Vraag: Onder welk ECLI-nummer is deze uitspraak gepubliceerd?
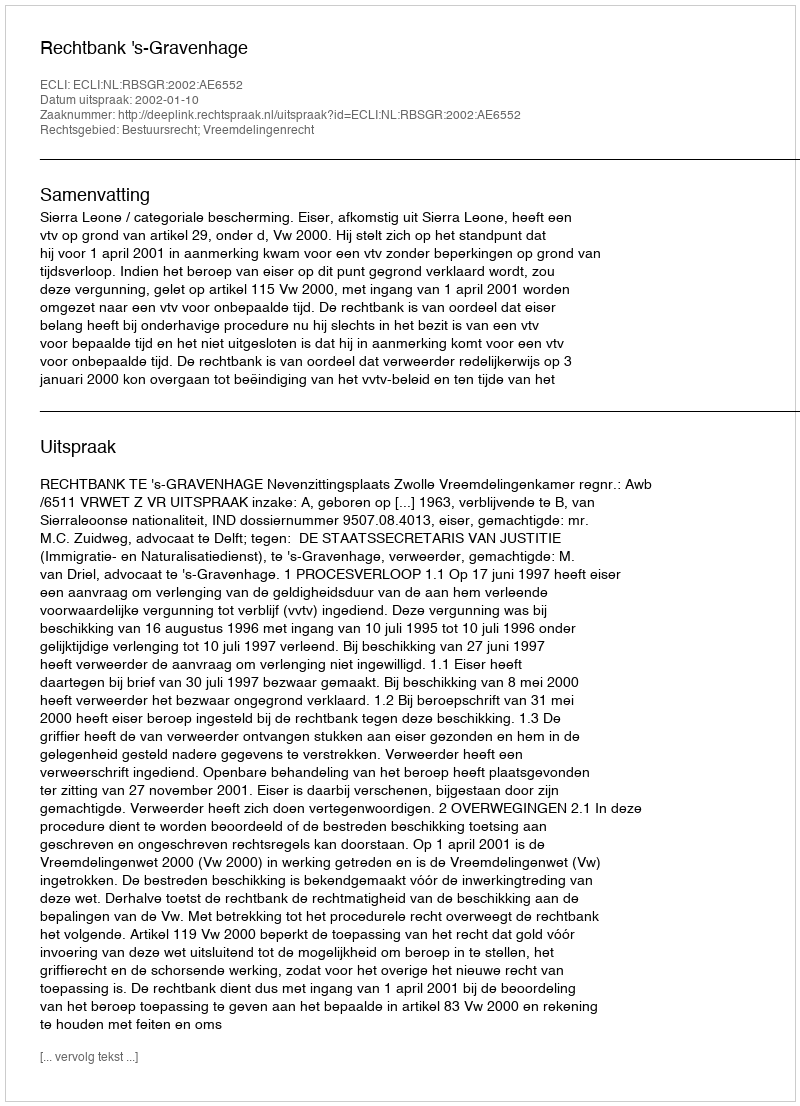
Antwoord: ECLI:NL:RBSGR:2002:AE6552